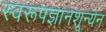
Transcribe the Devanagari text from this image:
स्वरूपज्ञानशून्येन